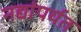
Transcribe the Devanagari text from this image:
नद्यांपर्यत